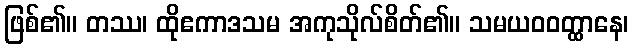
ဖြစ်၏။ တဿ၊ ထိုဧကာဒသမ အကုသိုလ်စိတ်၏။ သမယဝဝတ္ထာနေ၊